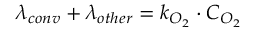
\lambda _ { c o n v } + \lambda _ { o t h e r } = k _ { O _ { 2 } } \cdot C _ { O _ { 2 } }